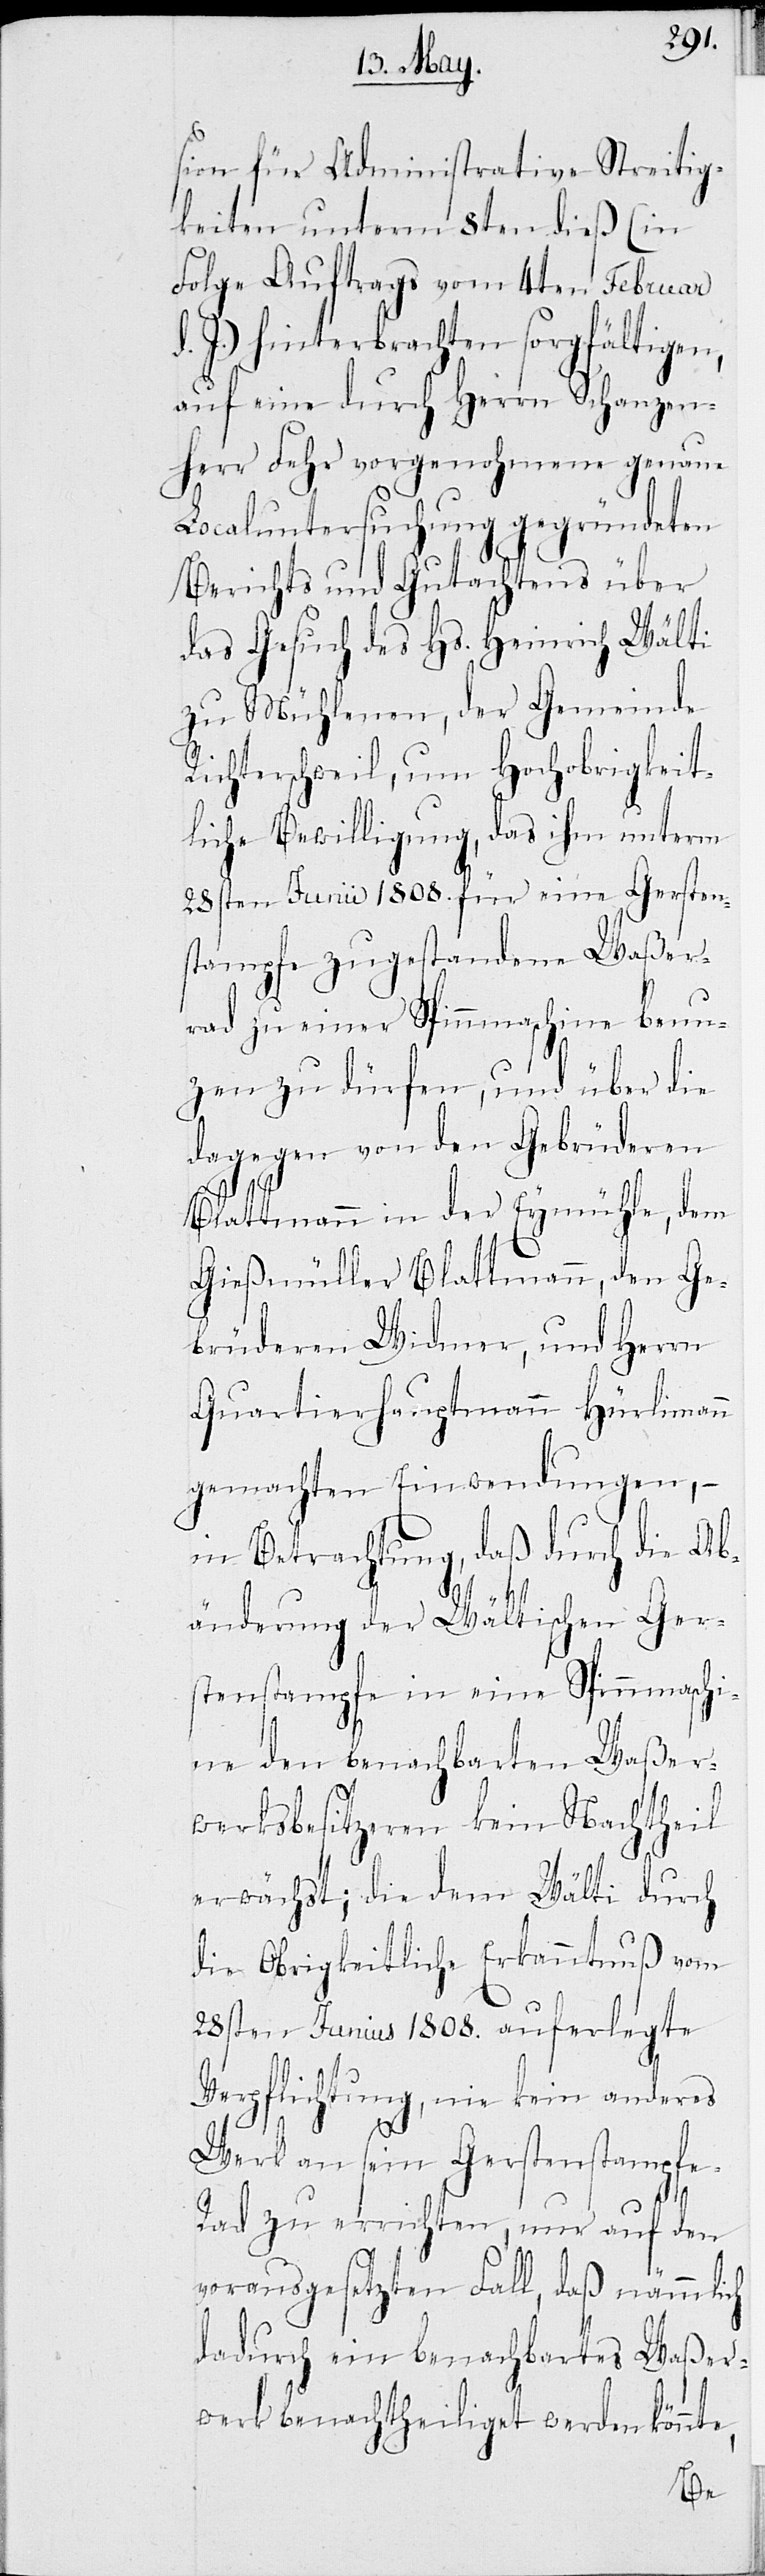
sion für Administrative Streitig¬
keiten unterm 8ten dieß (in
Folge Auftrags vom 4ten Februar
J.) hinterbrachten sorgfältigen,
auf eine durch Herrn Schanzen¬
herr Fehr vorgenohmene
Localuntersuchung gegründeten
Berichts und Gutachtens über
das Gesuch des Hs. Heinrich Wälti
zu Mühlenen, der Gemeinde
Richterschweil, um Hochobrigkeit¬
liche Bewilligung, das ihm unterm
28sten Junii 1808. für eine Gersten¬
stampfe zugestandene Waßer¬
rad zu einer Spinnmaschine benu¬
tzen zu dürfen, und über die
dagegen von den Gebrüderen
Blattmann in der Eymühle, dem
den Ge¬
Gießmüller Blattmann,
brüderen Widmer, und Herrn
Quartierhauptmann Hürlimann
gemachten Einwendungen,
in Betrachtung, daß durch die Ab¬
änderung der Wältischen Ger¬
stenstampfe in eine Spinnmaschi¬
ne den benachbarten Waßer¬
werksbesitzeren kein Nachttheil
erwächst; die dem Wälti durch
die Obrigkeitliche Erkanntnuß vom
28sten Junius 1808. auferlegte
Verpflichtung, nie kein anderes
Werk an sein Gerstenstampfe-R¬
ad zu errichten, nur auf den
vorausgesetzten Fall, daß nämmlich
dadurch ein benachbartes Waßer¬
werk benachtheiliget werden könnt¬
e,